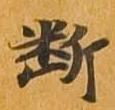
断